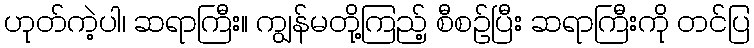
ဟုတ်ကဲ့ပါ၊ ဆရာကြီး။ ကျွန်မတို့ကြည့် စီစဉ်ပြီး ဆရာကြီးကို တင်ပြ